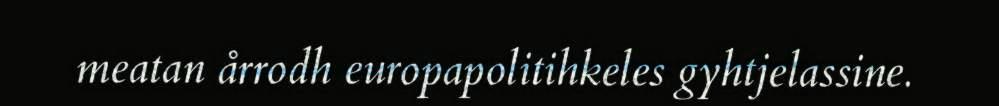
meatan årrodh europapolitihkeles gyhtjelassine.